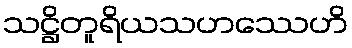
သဋ္ဌိတူရိယသဟဿေဟိ